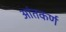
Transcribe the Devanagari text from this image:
आंतकर्ण